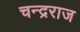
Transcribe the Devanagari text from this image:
चन्द्रराज